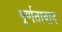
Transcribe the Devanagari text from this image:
पूर्णतावाद